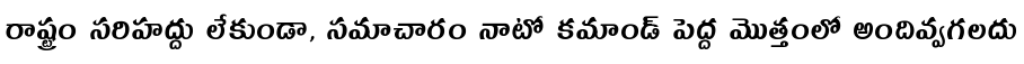
రాష్ట్రం సరిహద్దు లేకుండా, సమాచారం నాటో కమాండ్ పెద్ద మొత్తంలో అందివ్వగలదు